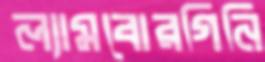
ল্যামবোরগিনি